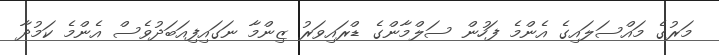
މަރުގެ މައްސަލައިގެ އެންމެ ފަހުން ސަލްމާންގެ ޑްރައިވަރު ޒިންމާ ނަގައިފިއަބަދުވެސް އެންމެ ކަމުދާ